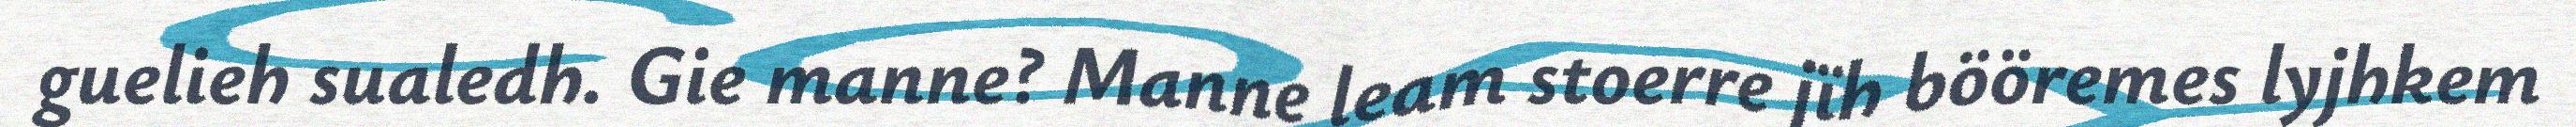
guelieh sualedh. Gie manne? Manne leam stoerre jïh bööremes lyjhkem